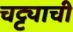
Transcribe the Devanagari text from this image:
चट्ट्याची